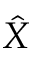
\hat { X }